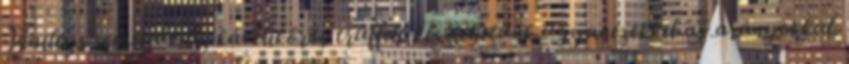
Baileys cseréljük le, kávélikőrös trüffelt készíthetünk ugyanezekkel az arányokkal.